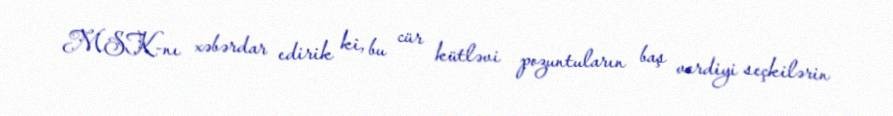
MSK-nı xəbərdar edirik ki, bu cür kütləvi pozuntuların baş verdiyi seçkilərin